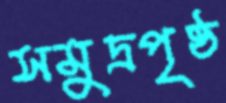
সমুদ্রপৃষ্ঠ